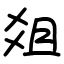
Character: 爼